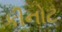
કીનોટ